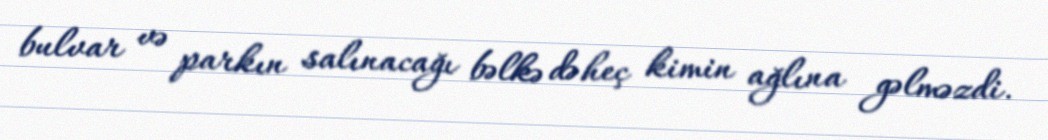
bulvar və parkın salınacağı bəlkə də heç kimin ağlına gəlməzdi.